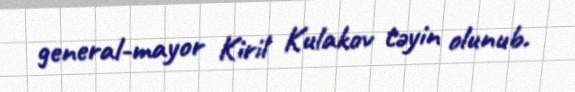
general-mayor Kiril Kulakov təyin olunub.